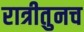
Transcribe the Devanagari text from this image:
रात्रीतुनच